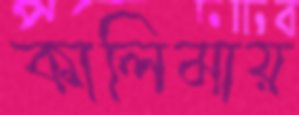
কালিমায়